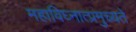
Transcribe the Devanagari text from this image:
महाविघ्नात्प्रमुच्यते